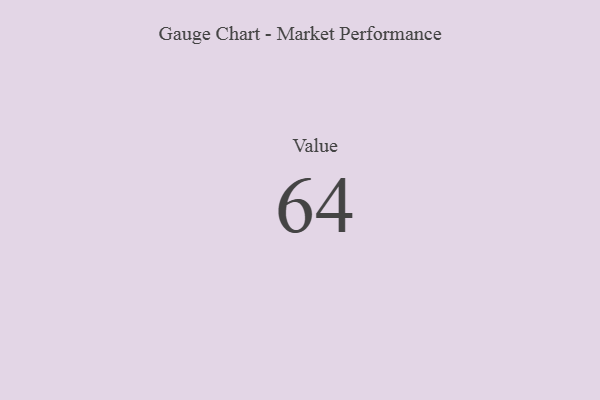
{"axis": {"x": "Metric", "y": "Value"}, "legend": [""], "data": [{"x": "Value", "y": 64, "type": ""}]}